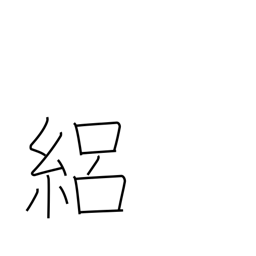
Meaning: silk gauze